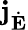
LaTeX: \mathbf{j}_{\dot{\mathbf{E}}}